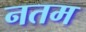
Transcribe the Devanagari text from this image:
नतम